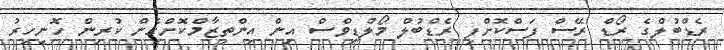
ރެޑްބުލްގެ ރޯޑް ރޭސް ފަސްކޮށްފި ރެޑްބުލް މޯލްޑިވްސް އިން އިންތިޒާމްކޮށްގެން ކުރިން ހޮނިހިރު